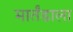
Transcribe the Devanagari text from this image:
मार्तंडाला